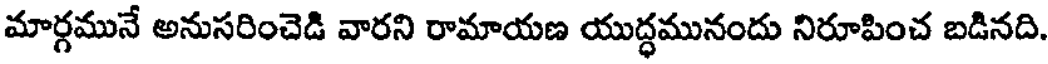
మార్గమునే అనుసరించెడి వారని రామాయణ యుద్ధమునందు నిరూపించ బడినది.